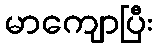
မာကျောပြီး